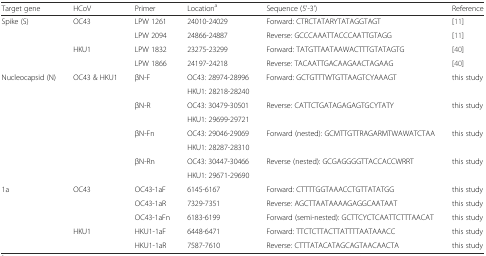
| Target gene | HCoV | Primer | Locationa | Sequence (5'-3') | Reference |
 | --- | --- | --- | --- | --- | --- |
 | Spike (S) | OC43 | LPW 1261 | 24010-24029 | Forward: CTRCTATARYTATAGGTAGT | [11] |
 |  |  | LPW 2094 | 24866-24887 | Reverse: GCCCAAATTACCCAATTGTAGG | [11] |
 |  | HKU1 | LPW 1832 | 23275-23299 | Forward: TATGTTAATAAWACTTTGTATAGTG | [40] |
 |  |  | LPW 1866 | 24197-24218 | Reverse: TACAATTGACAAGAACTAGAAG | [40] |
 | Nucleocapsid (N) | OC43 & HKU1 | βN-F | OC43: 28974-28996 | Forward: GCTGTTTWTGTTAAGTCYAAAGT | this study |
 |  |  |  | HKU1: 28218-28240 |  |  |
 |  |  | βN-R | OC43: 30479-30501 | Reverse: CATTCTGATAGAGAGTGCYTATY | this study |
 |  |  |  | HKU1: 29699-29721 |  |  |
 |  |  | βN-Fn | OC43: 29046-29069 | Forward (nested): GCMTTGTTRAGARMTWAWATCTAA | this study |
 |  |  |  | HKU1: 28287-28310 |  |  |
 |  |  | βN-Rn | OC43: 30447-30466 | Reverse (nested): GCGAGGGGTTACCACCWRRT | this study |
 |  |  |  | HKU1: 29671-29690 |  |  |
 | 1a | OC43 | OC43-1aF | 6145-6167 | Forward: CTTTTGGTAAACCTGTTATATGG | this study |
 |  |  | OC43-1aR | 7329-7351 | Reverse: AGCTTAATAAAAGAGGCAATAAT | this study |
 |  |  | OC43-1aFn | 6183-6199 | Forward (semi-nested): GCTTCYCTCAATTCTTTAACAT | this study |
 |  | HKU1 | HKU1-1aF | 6448-6471 | Forward: TTCTCTTACTTATTTTAATAAACC | this study |
 |  |  | HKU1-1aR | 7587-7610 | Reverse: CTTTATACATAGCAGTAACAACTA | this study |